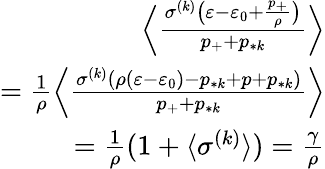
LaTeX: \begin{array}{r}{\Big\langle\frac{\sigma^{(k)}\big(\varepsilon-\varepsilon_{0}+\frac{p_{+}}{\rho}\big)}{p_{+}+p_{*k}}\Big\rangle}\\ {=\frac{1}{\rho}\Big\langle\frac{\sigma^{(k)}(\rho(\varepsilon-\varepsilon_{0})-p_{*k}+p+p_{*k})}{p_{+}+p_{*k}}\Big\rangle}\\ {=\frac{1}{\rho}(1+\langle\sigma^{(k)}\rangle)=\frac{\gamma}{\rho}}\end{array}